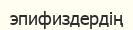
эпифиздердің